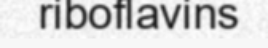
riboflavins